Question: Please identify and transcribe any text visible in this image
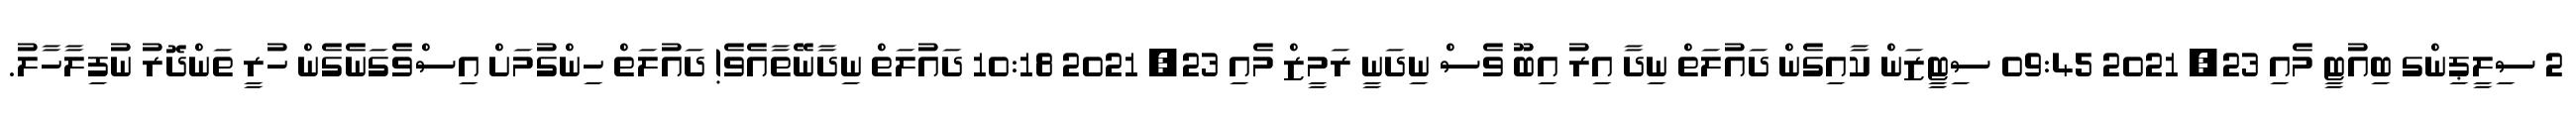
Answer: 2 ސިލީޕިންގ ބިއުޓީ މެއި 23, 2021 09:45 ސިޓީޒަން ކާއިގެން ދައުލަތް ނިދާ އިރު އިބޫ ވެސް ނިދަނީ ރަމީޒް މެއި 23, 2021 10:18 ދައުލަތް ނިދާނޭތާއެވެ! ދައުލަތް ހިންގުމަށް އިސްވެގަނެގެން ހުރީ ތަންދޮރު ނުފިލާހާލު.